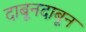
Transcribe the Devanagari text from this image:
दाबूनदाबून